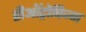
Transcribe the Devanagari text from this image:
रीऑट्रोपिज्म